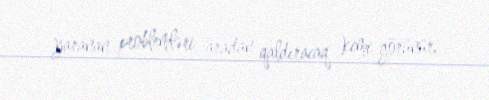
yaranan problemləri aradan qaldıracaq kimi görünür.